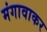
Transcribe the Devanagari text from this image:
मंगावाकर